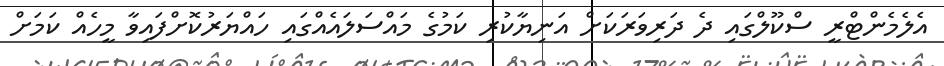
އެލެމެންްޓްރީ ސްކޫލްގައި ދެ ދަރިވަރަކަށް އަނިޔާކުރި ކަމުގެ މައްސަލައެއްގައި ހައްޔަރުކޮށްފައިވާ މީހެއް ކަމަށް